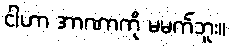
ငါဟာ အာဏာကို မမက်ဘူး။